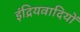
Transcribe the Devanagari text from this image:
इंद्रियवादियों